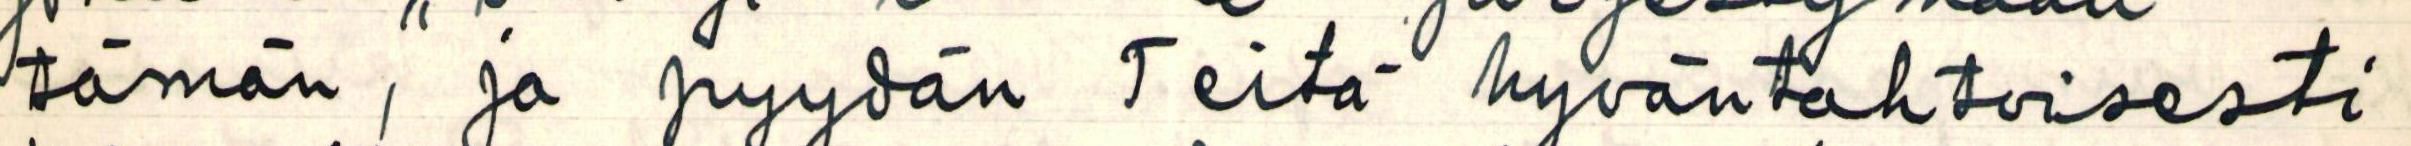
tämän, ja pyydän Teitä hyväntahtoisesti